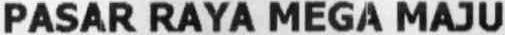
PASAR RAYA MEGA MAJU